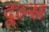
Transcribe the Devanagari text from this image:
दूल्स